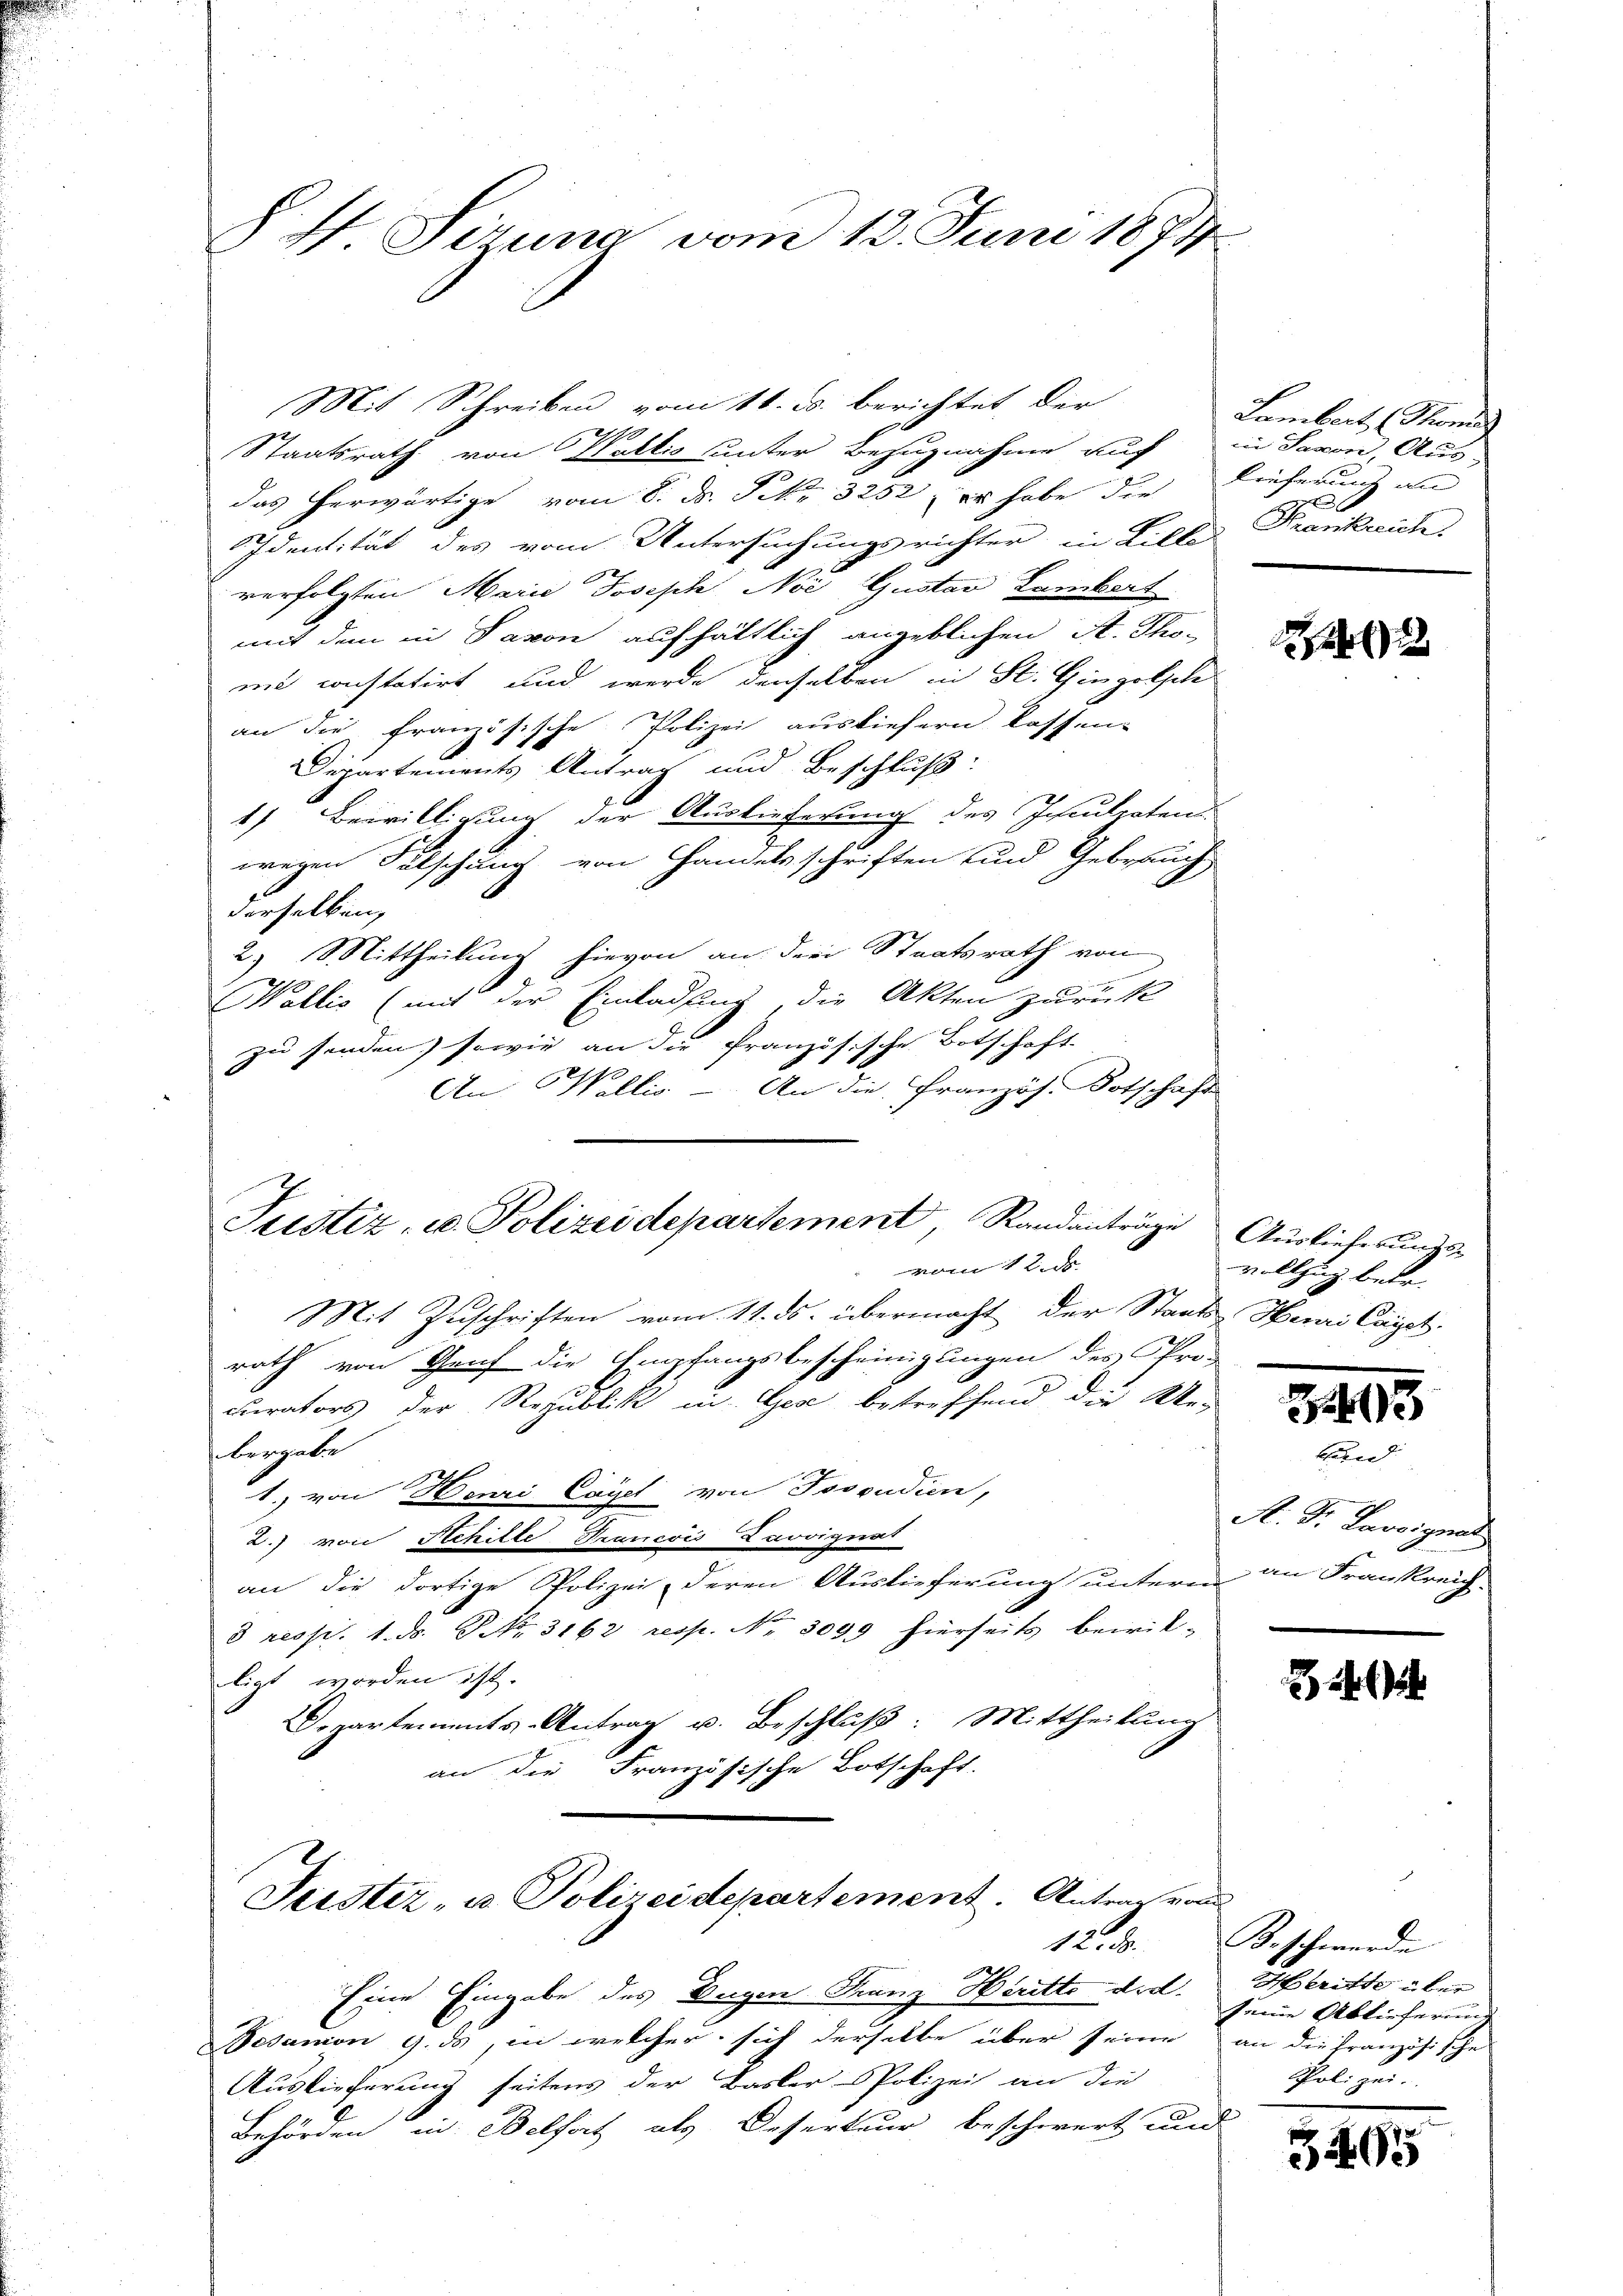
§ H Sizung vom 13. Juni 1874.

Mit Schreiben vom 11. ds. berichtet, der
.
Staatsrath von Wallis unter Bezugnahme auch in Saxon, Aus-
das herwärtige vom 8. d. Frk. 3252, er habe die
Identität des vom Untersuchungsrichter in Lille
verfolgten Marie Joseph Noi Gustav Lambert
mit dem in Saxon aufhältlich angeblichen A. Tho-
mi constatirt und werde denselben in St. Gingolsch
an die französische Polizei ausliefern lassen.
Departements Antrag und Beschluß:
1) Beiwilligung der Auslieferung des Inculpatend
wegen Fälschung von Handelsschriften und Gebrauch
derselben,
2.) Mittheilung hievon an die Staatsrath von
Wallis (mit der Einladung die Akten zurück
zu senden, sowie an die französische Botschaft-
An Wallis - An die Französ. Botschaft
Justiz- u. Polizeidepartement Randanträge Auslieferungsvon 1 und
Mit Zuschriften vom 11. ds. übermacht der Staats-, Henri Cayet
rath von Genf die Empfangsbescheinigungen des Pro-
curators der Republik in Gese betreffend die We-
bergabe
1. von Henri Cayel von Tosoudien,
2. von Schille Francois Lavoignat
an die dortige Polizei deren Auslieferung untern an Frankreich-
3 resp. 1. ds. Nr. 3162 resp. Nr. 3099 hierseits beirik-
ligt worden ist.
Departements-Antrag u. Beschluß: Mittheilung
an die Französische Botschaft.

Justiz- u. Polizeidepartement. Antrag von

Eine Eingabe des Eugen Franz Hiritte die
Besanon 9. ds, in welcher sich derselbe über seine
Auslieferung seitens der Basler Polizei an die
Behörden in Belfort als Deserteur beschwert und

Lambert (Sonn
Kreferung an
x
Krankreich.

u

vollzug betr.

1495

band
R. Dr. Lavoignat

¬
12. 3. Beschwerde
Heritte über
seine Ablieferung
an die Französische
Pfoli zur

3465